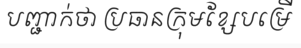
បញ្ជាក់ថា ប្រធានក្រុមខ្សែបម្រើ